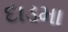
દાડમા